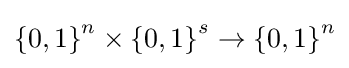
\left\{0,1\right\}^{n}\times \left\{0,1\right\}^{s}\rightarrow \left\{0,1\right\}^{n}